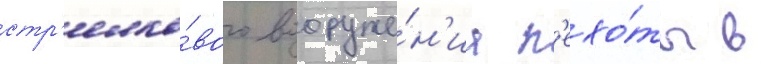
стр'елко́вого вооруже́н'иа п'ехо́ты в